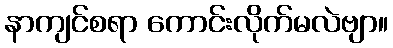
နာကျင်စရာ ကောင်းလိုက်မလဲဗျာ။